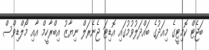
ބަޖެޓް ކޮމިޓީގެ މިއަދުގެ ބައްދަލުވުމުގައި އޮޑިޓަ ޖެނެރަލް ނިޔާޒު އިބްރާހީމް އާއި މޯލްޑިވްސް